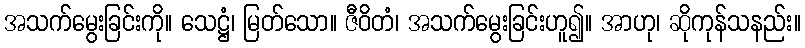
အသက်မွေးခြင်းကို။ သေဋ္ဌံ၊ မြတ်သော။ ဇီဝိတံ၊ အသက်မွေးခြင်းဟူ၍။ အာဟု၊ ဆိုကုန်သနည်း။